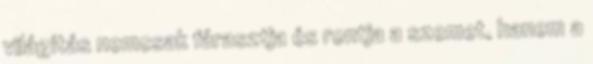
világítás nemcsak fárasztja és rontja a szemet, hanem a